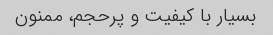
بسیار با کیفیت و پرحجم، ممنون